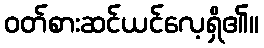
ဝတ်စားဆင်ယင်လေ့ရှိ၏။